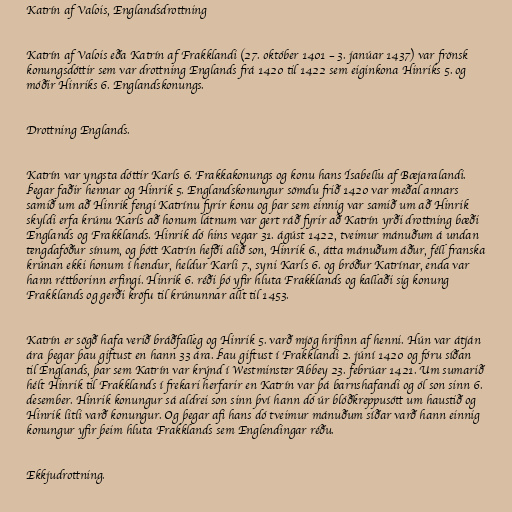
Katrín af Valois, Englandsdrottning

Katrín af Valois eða Katrín af Frakklandi (27. október 1401 – 3. janúar 1437) var frönsk
konungsdóttir sem var drottning Englands frá 1420 til 1422 sem eiginkona Hinriks 5. og
móðir Hinriks 6. Englandskonungs.

Drottning Englands.

Katrín var yngsta dóttir Karls 6. Frakkakonungs og konu hans Ísabellu af Bæjaralandi.
Þegar faðir hennar og Hinrik 5. Englandskonungur sömdu frið 1420 var meðal annars
samið um að Hinrik fengi Katrínu fyrir konu og þar sem einnig var samið um að Hinrik
skyldi erfa krúnu Karls að honum látnum var gert ráð fyrir að Katrín yrði drottning bæði
Englands og Frakklands. Hinrik dó hins vegar 31. ágúst 1422, tveimur mánuðum á undan
tengdaföður sínum, og þótt Katrín hefði alið son, Hinrik 6., átta mánuðum áður, féll franska
krúnan ekki honum í hendur, heldur Karli 7., syni Karls 6. og bróður Katrínar, enda var
hann réttborinn erfingi. Hinrik 6. réði þó yfir hluta Frakklands og kallaði sig konung
Frakklands og gerði kröfu til krúnunnar allt til 1453.

Katrín er sögð hafa verið bráðfalleg og Hinrik 5. varð mjög hrifinn af henni. Hún var átján
ára þegar þau giftust en hann 33 ára. Þau giftust í Frakklandi 2. júní 1420 og fóru síðan
til Englands, þar sem Katrín var krýnd í Westminster Abbey 23. febrúar 1421. Um sumarið
hélt Hinrik til Frakklands í frekari herfarir en Katrín var þá barnshafandi og ól son sinn 6.
desember. Hinrik konungur sá aldrei son sinn því hann dó úr blóðkreppusótt um haustið og
Hinrik litli varð konungur. Og þegar afi hans dó tveimur mánuðum síðar varð hann einnig
konungur yfir þeim hluta Frakklands sem Englendingar réðu.

Ekkjudrottning.